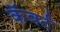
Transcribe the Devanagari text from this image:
कॅवर्ट